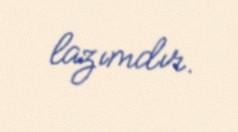
lazımdır.